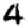
Digit: 4